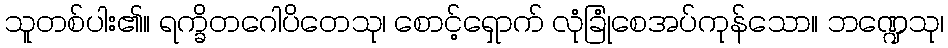
သူတစ်ပါး၏။ ရက္ခိတဂေါပိတေသု၊ စောင့်ရှောက် လုံခြုံစေအပ်ကုန်သော။ ဘဏ္ဍေသု၊